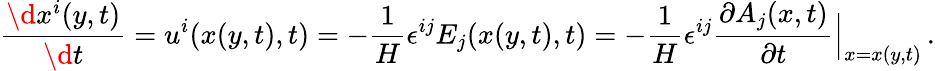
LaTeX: \frac{\d{}x^{i}(y,t)}{\d{}t}=u^{i}(x(y,t),t)=-\frac{1}{H}\epsilon^{ij}E_{j}(x(y,t),t)=-\frac{1}{H}\epsilon^{ij}\frac{\partial A_{j}(x,t)}{\partial{t}}\Big|_{x=x(y,t)}\, .